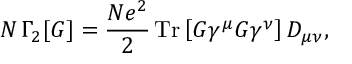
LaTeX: N \, \Gamma _ { 2 } [ G ] = \frac { N e ^ { 2 } } { 2 } \, \mathrm { T r } \left[ G \gamma ^ { \mu } G \gamma ^ { \nu } \right] D _ { \mu \nu } ,